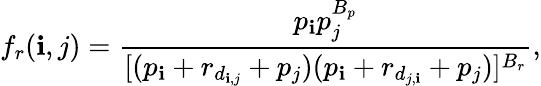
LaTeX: f_{r}(\mathbf{i},j)=\frac{{p_{\mathbf{i}}p_{j}^{B_{p}}}}{{[(p_{\mathbf{i}}+r_{d_{\mathbf{i},j}}+p_{j})(p_{\mathbf{i}}+r_{d_{j,\mathbf{i}}}+p_{j})]^{B_{r}}}},